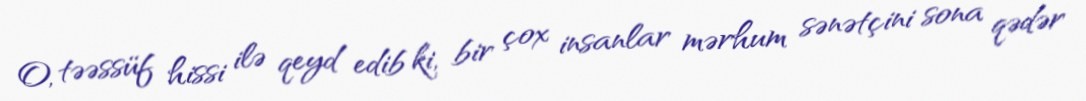
O, təəssüf hissi ilə qeyd edib ki, bir çox insanlar mərhum sənətçini sona qədər